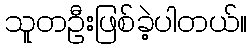
သူတဦးဖြစ်ခဲ့ပါတယ်။